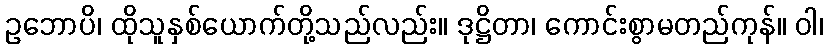
ဥဘောပိ၊ ထိုသူနှစ်ယောက်တို့သည်လည်း။ ဒုဋ္ဌိတာ၊ ကောင်းစွာမတည်ကုန်။ ဝါ၊